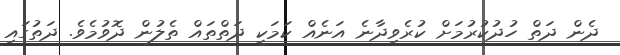
ދެން ދަތް ހުދުކުރުމަށް ކުރެވިދާނެ އަނެއް ކަމަކީ ދަތްތައް ތެލުން ދޮވުމެވެ. ދަތުގައި